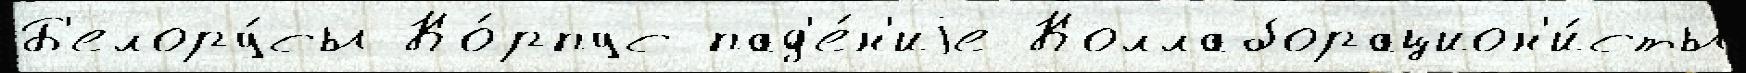
Б'елору́сы Ко́рпус пад'е́н'иjе Коллаборацион'и́сты